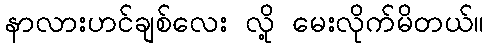
နာလားဟင်ချစ်လေး လို့ မေးလိုက်မိတယ်။